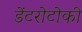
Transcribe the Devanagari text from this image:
डेंटरोटोकी